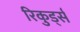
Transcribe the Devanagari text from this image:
रिकुर्ड्स